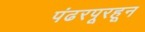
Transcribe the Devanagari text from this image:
पंढरपूरहून